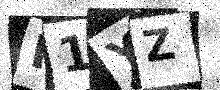
Text: K1YZ